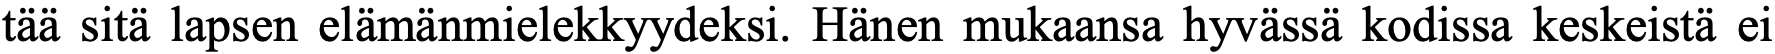
tää sitä lapsen elämänmielekkyydeksi. Hänen mukaansa hyvässä kodissa keskeistä ei